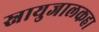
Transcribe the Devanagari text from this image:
स्नायुजालकहा